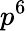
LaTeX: p^{6}